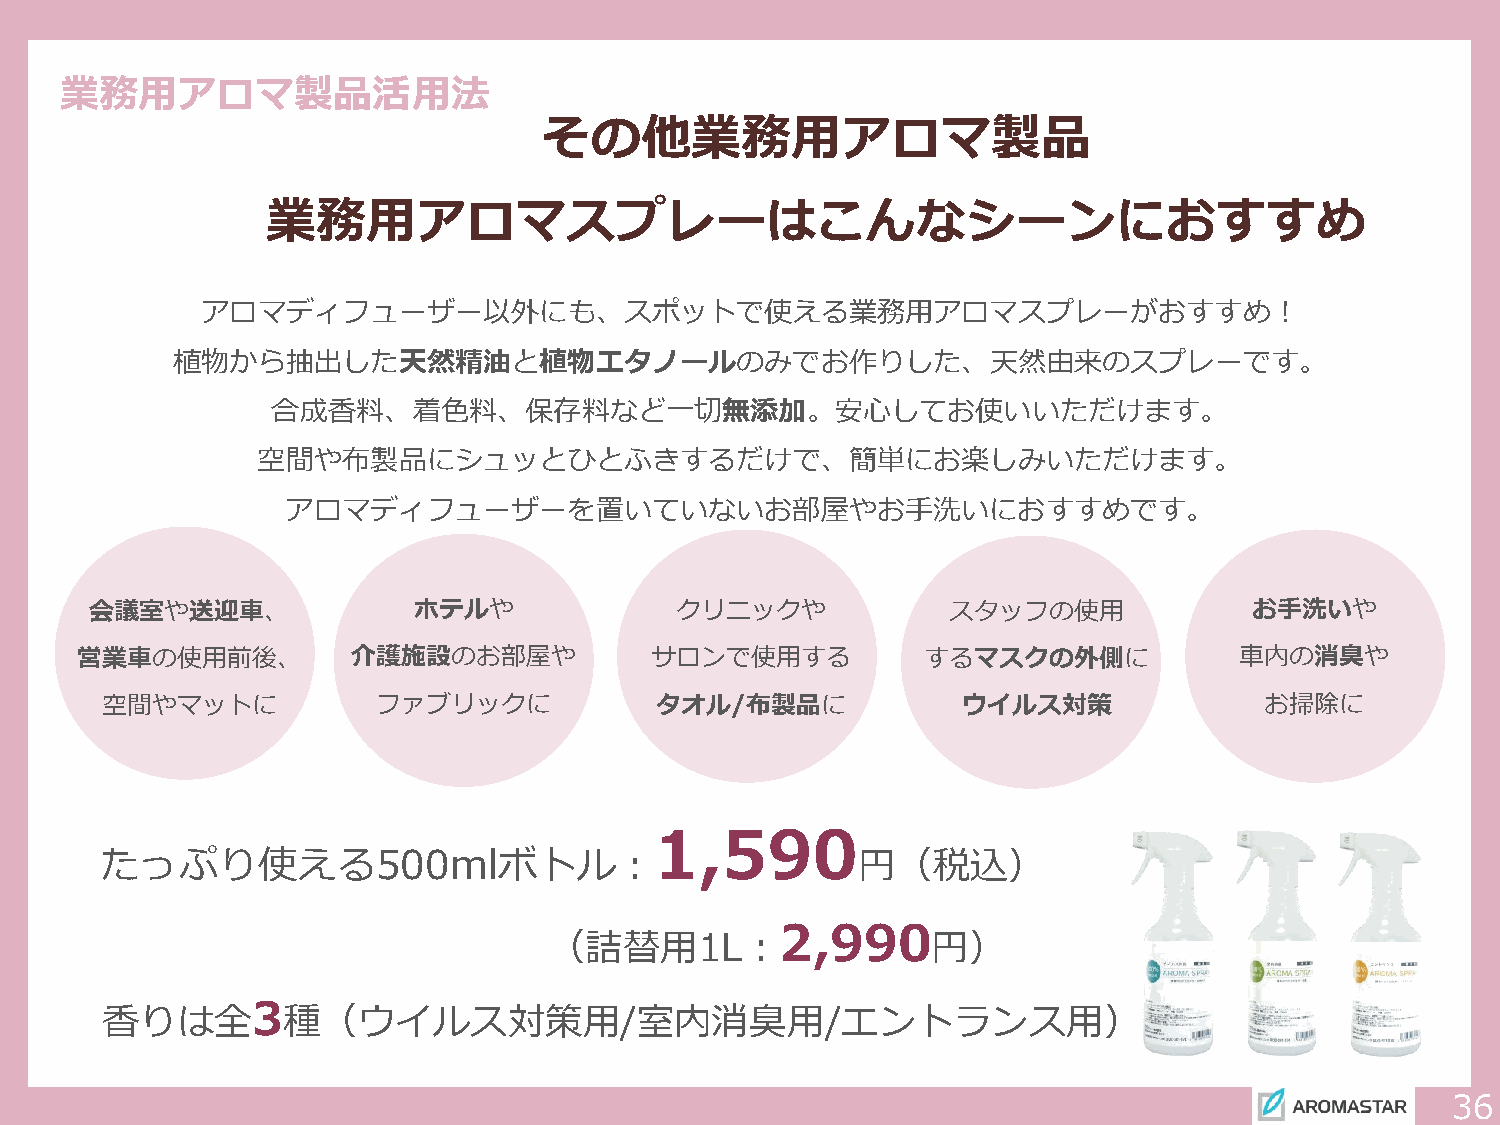
業務用アロマ製品活用法
 その他業務用アロマ製品
 業務用アロマスプレーはこんなシーンにおすすめ
 アロマディフューザー以外にも、スポットで使える業務用アロマスプレーがおすすめ！
 植物から抽出した天然精油と植物エタノールのみでお作りした、天然由来のスプレーです。
 合成香料、着色料、保存料など一切無添加。安心してお使いいただけます。
 空間や布製品にシュッとひとふきするだけで、簡単にお楽しみいただけます。
 アロマディフューザーを置いていないお部屋やお手洗いにおすすめです。
 会議室や送迎車、             ホテルや              クリニックや            スタッフの使用             お手洗いや
 営業車の使用前後、         介護施設のお部屋や           サロンで使用する          するマスクの外側に            車内の消臭や
 空間やマットに           ファブリックに           タオル/布製品に             ウイルス対策              お掃除に
 1,590
 たっぷり使える500mlボトル：                                  円（税込）
 2,990
 （詰替用1L：                   円）
 3
 香りは全        種（ウイルス対策用/室内消臭用/エントランス用）
 36